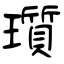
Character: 瓆